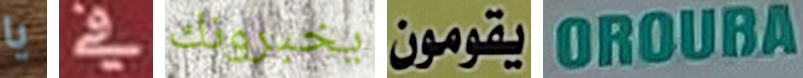
يا في يخبرونك يقومون OROUBA